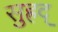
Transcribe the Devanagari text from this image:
सुह्रद्